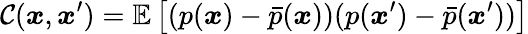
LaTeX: \mathcal{C}(\boldsymbol{x},\boldsymbol{x}^{\prime})=\mathbb{E}\left[(p(\boldsymbol{x})-\bar{p}(\boldsymbol{x}))(p(\boldsymbol{x}^{\prime})-\bar{p}(\boldsymbol{x}^{\prime}))\right]